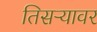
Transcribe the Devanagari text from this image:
तिसऱ्यावर